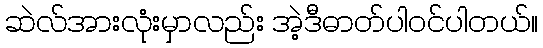
ဆဲလ်အားလုံးမှာလည်း အဲ့ဒီဓာတ်ပါဝင်ပါတယ်။